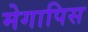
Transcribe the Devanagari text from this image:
मेगापिस